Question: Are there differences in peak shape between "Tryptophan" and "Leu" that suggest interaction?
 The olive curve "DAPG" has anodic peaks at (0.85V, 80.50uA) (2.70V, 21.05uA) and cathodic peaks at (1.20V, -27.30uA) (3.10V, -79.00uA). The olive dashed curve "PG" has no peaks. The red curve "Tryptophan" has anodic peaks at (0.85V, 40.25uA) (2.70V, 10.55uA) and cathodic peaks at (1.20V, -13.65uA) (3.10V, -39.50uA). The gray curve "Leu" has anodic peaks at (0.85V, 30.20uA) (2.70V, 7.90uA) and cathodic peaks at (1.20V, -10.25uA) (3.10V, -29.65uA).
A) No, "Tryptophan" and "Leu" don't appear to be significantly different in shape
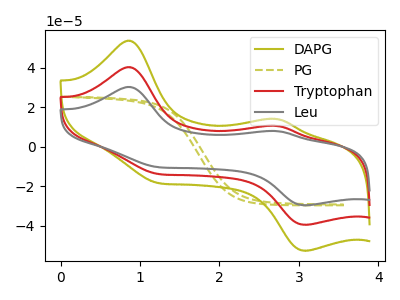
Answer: <think>All the peaks in "Tryptophan" have a peak in "Leu" at the same potential. Every peak in "Tryptophan" is higher than every peak in "Leu".
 </think>
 <answer>A) No, "Tryptophan" and "Leu" don't appear to be significantly different in shape</answer>
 <eval>A</eval>